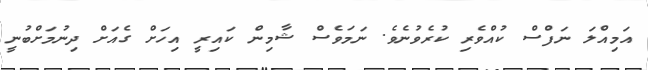
އަމިއްލަ ނަފްސް ކުއްވެރި ކުރެވުނެވެ. ނަމަވެސް ޝާމިން ކައިރީ އިހަށް ގެއަށް ދިނުމަށްބުނީ